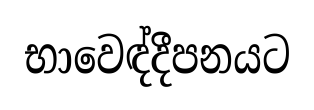
භාවෙඳ්දීපනයට